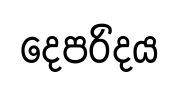
දෙපරිදය